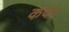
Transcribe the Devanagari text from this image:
कंकः